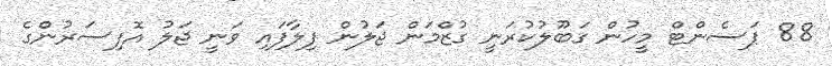
88 ޕަސެންޓް މީހުން ގަބޫލުކުރަނީ ގުޒްމަން ޖަލުން ފިލާފައި ވަނީ ޖަލު އޮފިސަރުންގެ